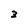
Character: 3